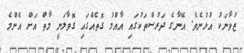
ޒުވާނަކު އުޅުނެވެ. އޭނާގެ ދަރުސްތަކުގައި އާއްމު ގޮތެއްގައި ގޮވާލަނީ މާތް އަށް އެންމެ